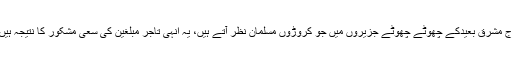
آج مشرقِ بعیدکے چھوٹے چھوٹے جزیروں میں جو کروڑوں مسلمان نظر آتے ہیں، یہ انہی تاجر مبلغین کی سعیِ مشکور کا نتیجہ ہیں۔